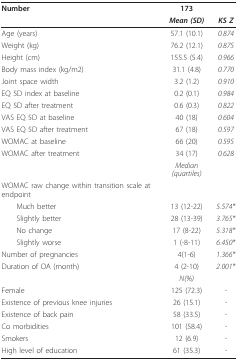
<table><thead><tr><td><b>Number</b></td><td><b>173</b></td><td></td></tr><tr><td></td><td><b><i>Mean (SD)</i></b></td><td><b><i>KS Z</i></b></td></tr></thead><tbody><tr><td>Age (years)</td><td>57.1 (10.1)</td><td><i>0.874</i></td></tr><tr><td>Weight (kg)</td><td>76.2 (12.1)</td><td><i>0.875</i></td></tr><tr><td>Height (cm)</td><td>155.5 (5.4)</td><td><i>0.966</i></td></tr><tr><td>Body mass index (kg/m2)</td><td>31.1 (4.8)</td><td><i>0.770</i></td></tr><tr><td>Joint space width</td><td>3.2 (1.2)</td><td><i>0.910</i></td></tr><tr><td>EQ 5D index at baseline</td><td>0.2 (0.1)</td><td><i>0.984</i></td></tr><tr><td>EQ 5D after treatment</td><td>0.6 (0.3)</td><td><i>0.822</i></td></tr><tr><td>VAS EQ 5D at baseline</td><td>40 (18)</td><td><i>0.604</i></td></tr><tr><td>VAS EQ 5D after treatment</td><td>67 (18)</td><td><i>0.597</i></td></tr><tr><td>WOMAC at baseline</td><td>66 (20)</td><td><i>0.595</i></td></tr><tr><td>WOMAC after treatment</td><td>34 (17)</td><td><i>0.628</i></td></tr><tr><td></td><td><i>Median (quartiles)</i></td><td></td></tr><tr><td>WOMAC raw change within transition scale at endpoint</td><td></td><td></td></tr><tr><td> Much better</td><td>13 (12-22)</td><td><i>5.574*</i></td></tr><tr><td> Slightly better</td><td>28 (13-39)</td><td><i>3.765*</i></td></tr><tr><td> No change</td><td>17 (8-22)</td><td><i>5.318*</i></td></tr><tr><td> Slightly worse</td><td>1 (-8-11)</td><td><i>6.450*</i></td></tr><tr><td>Number of pregnancies</td><td>4(1-6)</td><td><i>1.366*</i></td></tr><tr><td>Duration of OA (month)</td><td>4 (2-10)</td><td><i>2.001*</i></td></tr><tr><td></td><td><i>N(%)</i></td><td></td></tr><tr><td>Female</td><td>125 (72.3)</td><td><i>-</i></td></tr><tr><td>Existence of previous knee injuries</td><td>26 (15.1)</td><td><i>-</i></td></tr><tr><td>Existence of back pain</td><td>58 (33.5)</td><td><i>-</i></td></tr><tr><td>Co morbidities</td><td>101 (58.4)</td><td><i>-</i></td></tr><tr><td>Smokers</td><td>12 (6.9)</td><td><i>-</i></td></tr><tr><td>High level of education</td><td>61 (35.3)</td><td><i>-</i></td></tr></tbody></table>